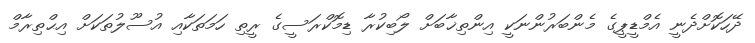
ދޭހަކޮށްދެނީ އެމްޑީޕީގެ މެންބަރުންނަކީ އިންތިޚާބަށް ލޯބިކުރާ ޑިމޮކްރަސީގެ ރީތި ހަމަތަކާއި އުސޫލުތަކަށް އިޙްތިރާމް